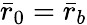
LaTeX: \bar{r}_{0}=\bar{r}_{b}